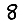
Digit: 8